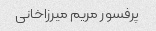
پرفسور مریم میرزاخانی